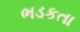
ભડકતા